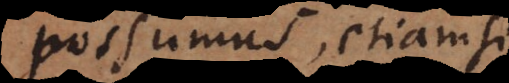
possumus, etiamsi